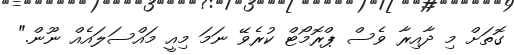
ގޮތަށް މި ދާއިރާ ވެސް ޕްރޮމޯޓް ކުރެވޭ ނަމަ މިއީ މައްސަލައެއް ނޫން."